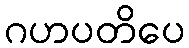
ဂဟပတိပေ